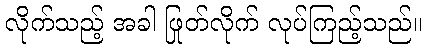
လိုက်သည့် အခါ ဖြုတ်လိုက် လုပ်ကြည့်သည်။